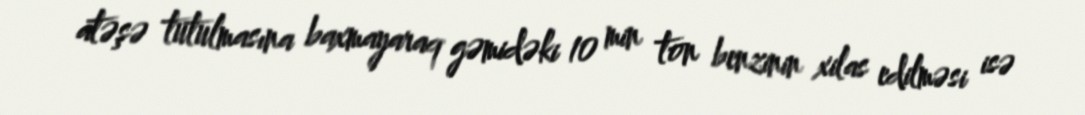
atəşə tutulmasına baxmayaraq gəmidəki 10 min ton benzinin xilas edilməsi isə